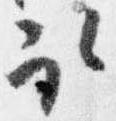
取